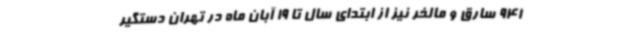
941 سارق و مالخر نیز از ابتدای سال تا 19 آبان ماه در تهران دستگیر